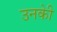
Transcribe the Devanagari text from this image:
उनकीे